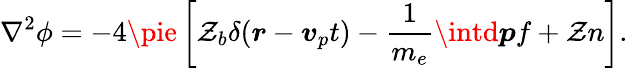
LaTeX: \nabla^{2}\phi=-4\pie\left[\mathcal{Z}_{b}\delta(\boldsymbol{r}-\boldsymbol{v}_{p}t)-\frac{{1}}{{m_{e}}}\intd\boldsymbol{p}f+\mathcal{Z}n\right].